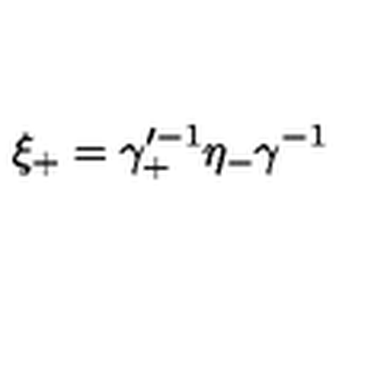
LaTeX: \xi _ { + } = \gamma _ { + } ^ { \prime - 1 } \eta _ { - } \gamma ^ { - 1 }